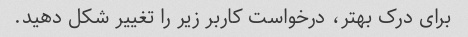
برای درک بهتر، درخواست کاربر زیر را تغییر شکل دهید.